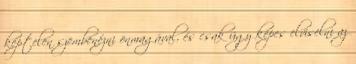
képtelen szembenézni önmagával, és csak úgy képes elviselni az